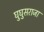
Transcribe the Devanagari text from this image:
घुघुसराजा